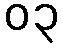
၀၃